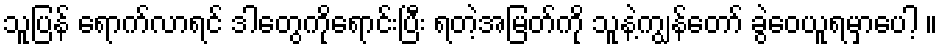
သူပြန် ရောက်လာရင် ဒါတွေကိုရောင်းပြီး ရတဲ့အမြတ်ကို သူနဲ့ကျွန်တော် ခွဲဝေယူရမှာပေါ့ ။